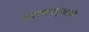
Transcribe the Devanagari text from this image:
तारकापुंजाचे